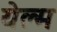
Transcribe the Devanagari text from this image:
येल्म